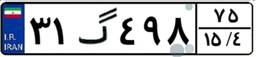
۳۱گ۴۹۸۷۵